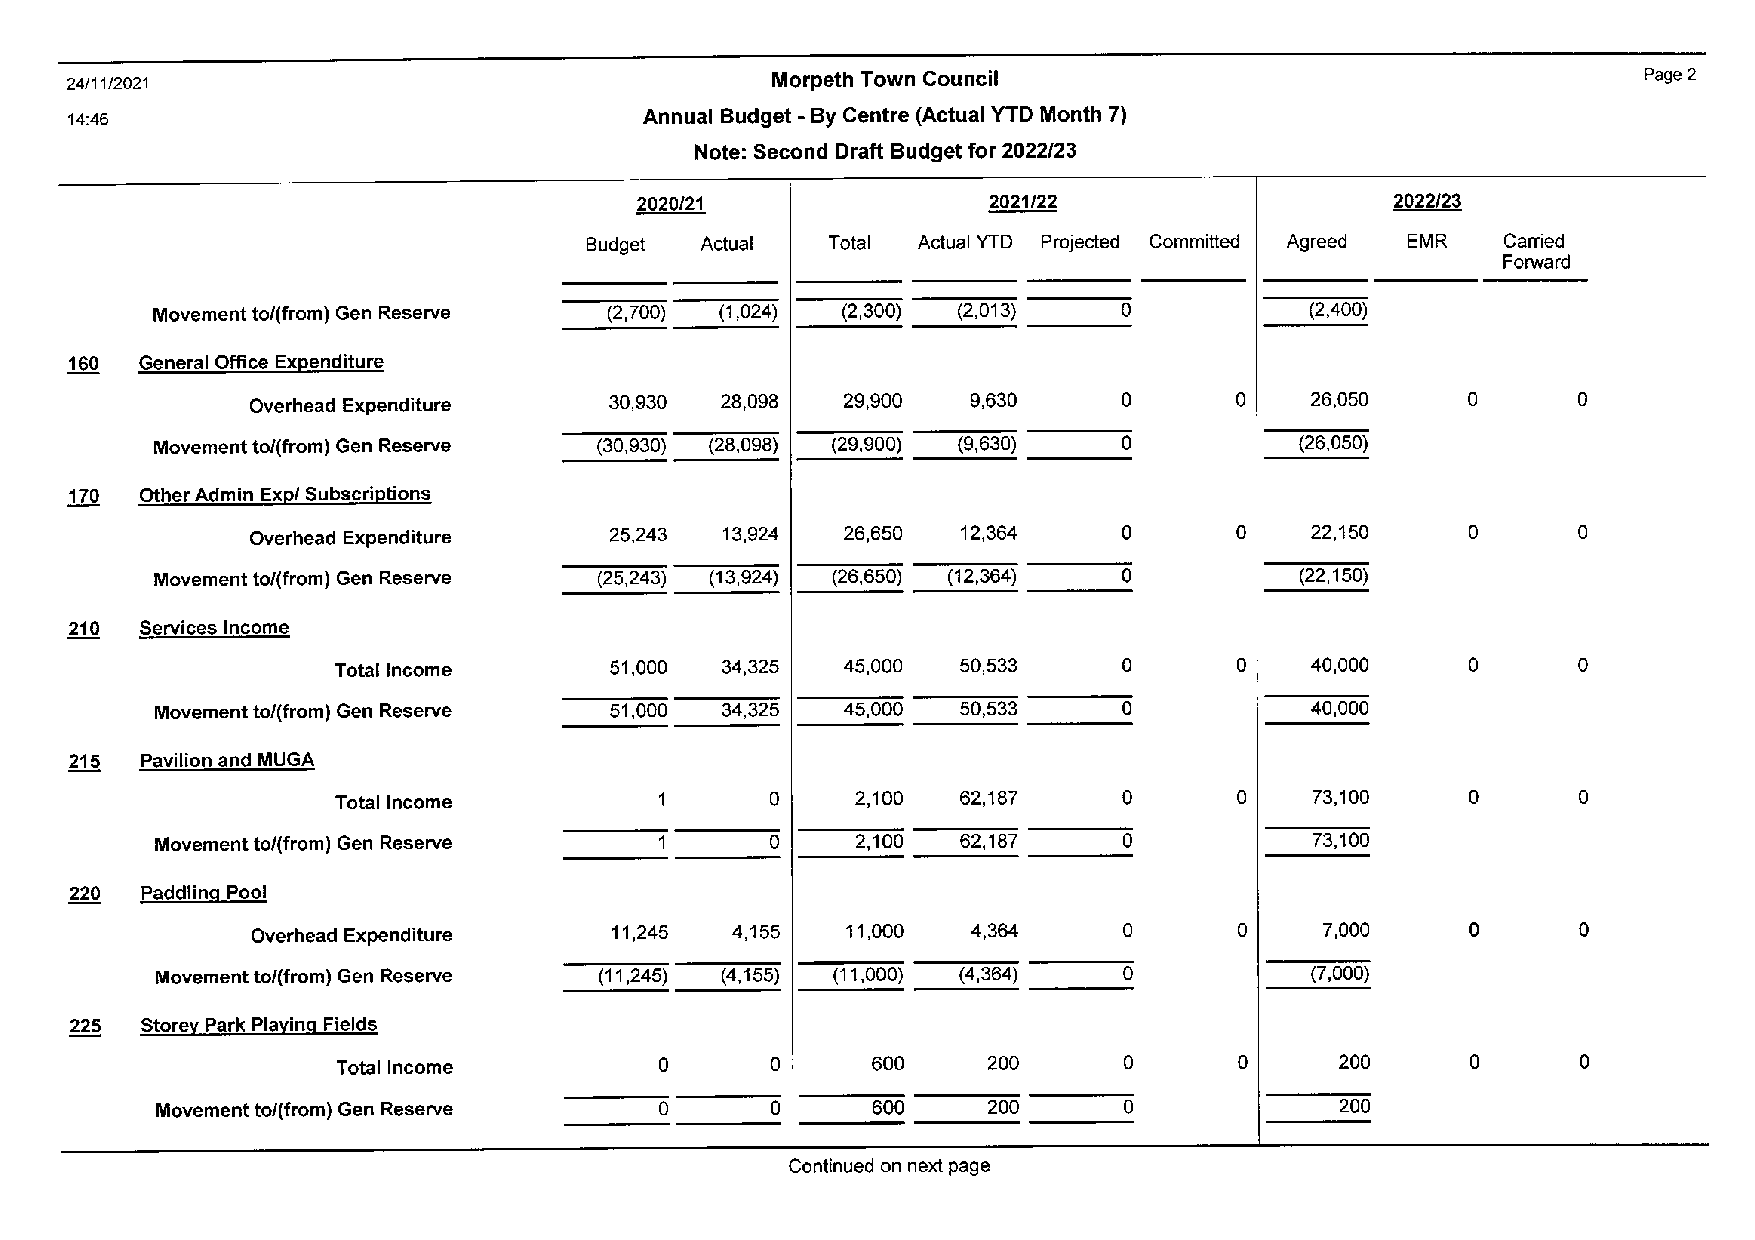
24/11/2021                                     Morpeth Town Council                                      Page 2
 14:46                                 Annual Budget - By Centre (Actual YTD Month 7)
 Note: Second Draft Budget for 2022/23
 2020/21                2021/22                    2022/23
 Budget Actual   Total Actual YTD Projected Committed Agreed EMR Carried
 Forward
 Movement to/(from) Gen Reserve (2,700) (1,024) (2,300) (2,013)  0            (2,400)
 160 General Office Exeenditure
 Overhead Expenditure   30,930  28,098  29,900  9,630     0       0    26,050    0      0
 Movement to/(from) Gen Reserve (30,930) (28,098) (29,900) (9,630) 0         (26,050)
 170 01her Admin Ex1;1/ Subscri1;1tions
 Overhead Expenditure   25,243  13,924  26,650  12,364    0       0    22,150    0      0
 Movement to/(from) Gen Reserve (25,243) (13,924) (26,650) (12,364) 0        (22,150)
 210 Services Income
 Total Income      51,000  34,325  45,000  50,533    0       0    40,000    0      0
 Movement to/(from) Gen Reserve 51,000 34,325  45,000  50,533    0            40,000
 215 Pavilion and MUGA
 Total Income          1      0     2,100  62,187    0       0    73,100    0      0
 Movement to/(from) Gen Reserve    1      0     2,100  62,187    0            73,100
 220 Paddling Pool
 Overhead Expenditure   11,245  4,155   11,000  4,364     0       0     7,000    0      0
 Movement to/(from) Gen Reserve (11,245) (4,155) (11,000) (4,364) 0           (7,000)
 225 Storel Park Plaling Fields
 Total Income          0      0      600    200      0       0      200     0      0
 Movement to/(from) Gen Reserve    0      0      600    200      0              200
 Continued on next page